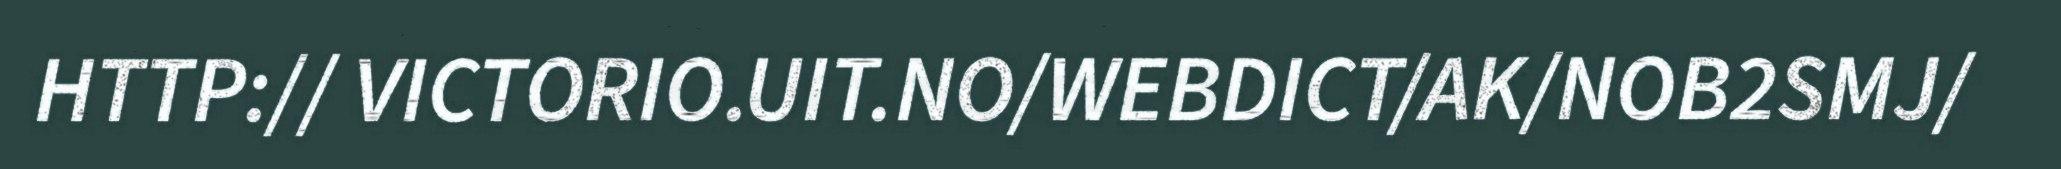
HTTP:// VICTORIO.UIT.NO/WEBDICT/AK/NOB2SMJ/